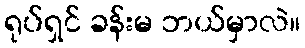
ရုပ်ရှင် ခန်းမ ဘယ်မှာလဲ။